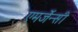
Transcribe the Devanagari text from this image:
एमर्जेन्सी